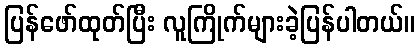
ပြန်ဖော်ထုတ်ပြီး လူကြိုက်များခဲ့ပြန်ပါတယ်။